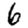
Digit: 6